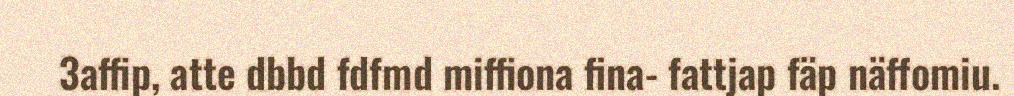
3affip, atte dbbd fdfmd miffiona fina- fattjap fäp näffomiu.